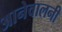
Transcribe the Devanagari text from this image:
आनेवालनी